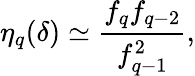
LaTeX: \eta_{q}(\delta)\simeq\frac{f_{q}f_{q-2}}{f_{q-1}^{2}},